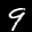
Label: 9